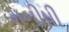
મનીષી